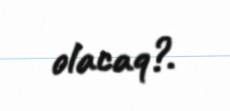
olacaq?.